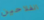
الفلاحين